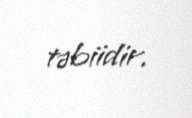
təbiidir.